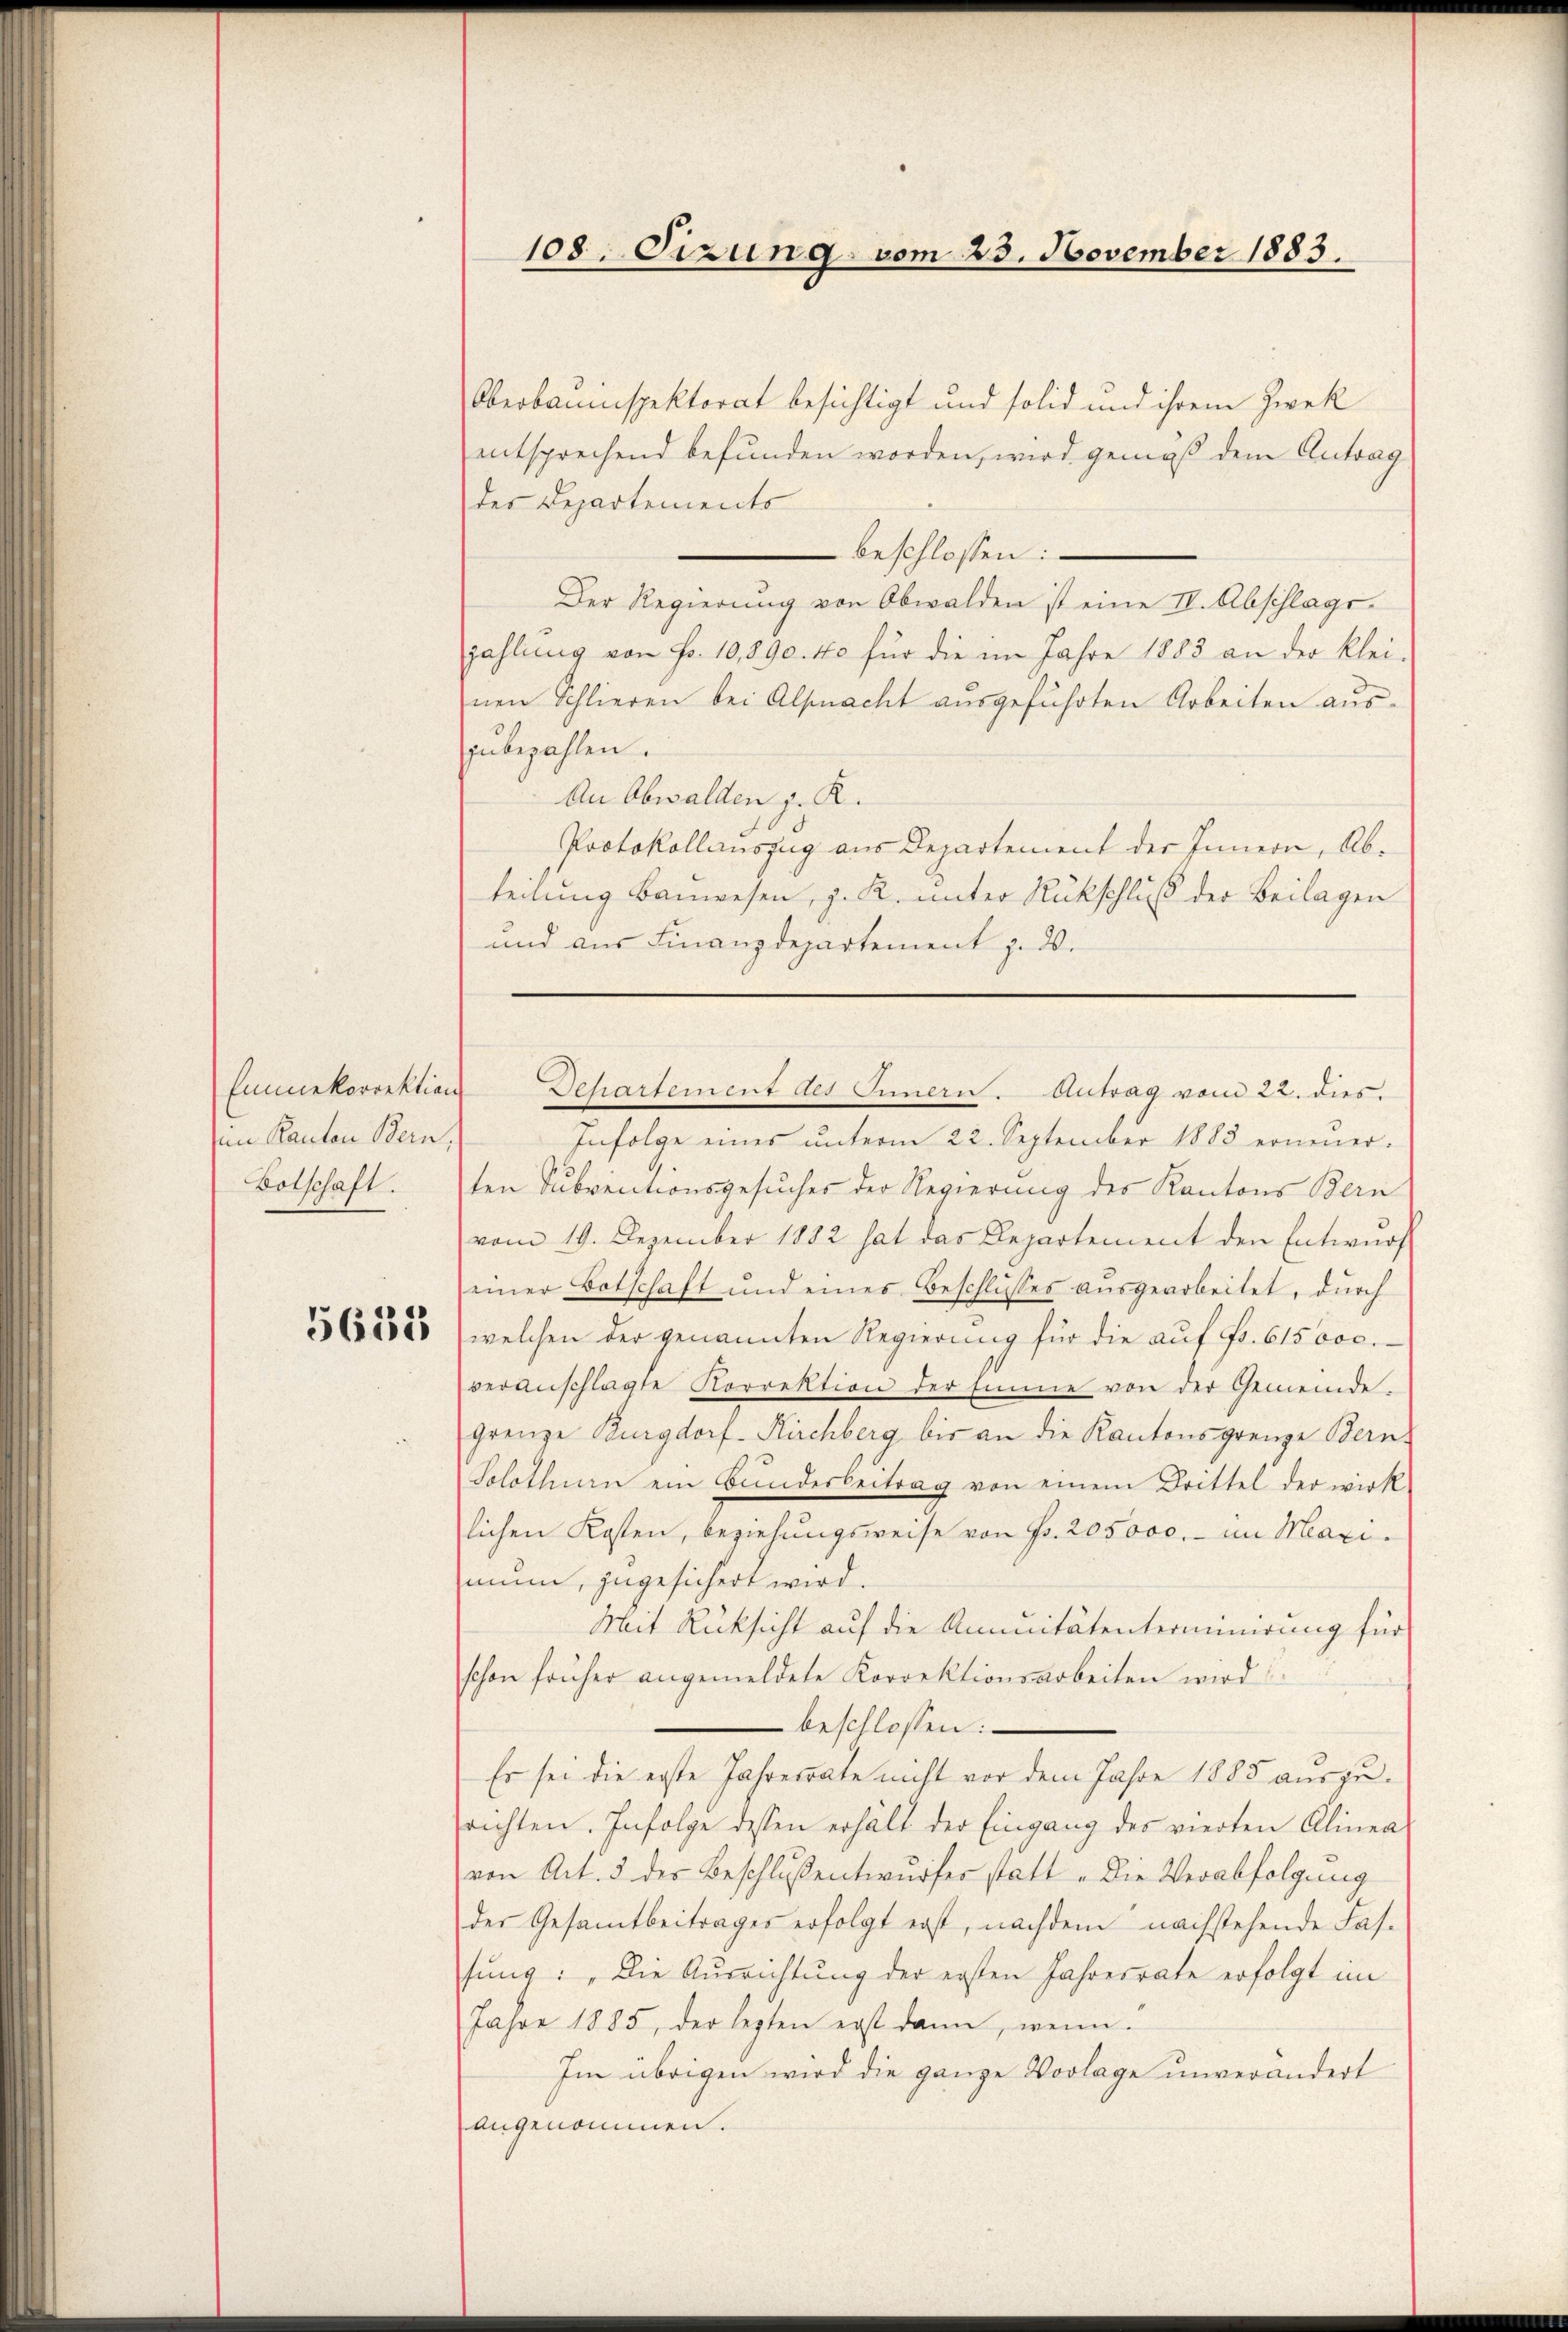
Emmekorrektion
in Kanton Bern,
Botschaft.

5638

108. Sizung vom 23. November 1883.

Oberbauinspektorat besichtigt und solid und ihrem Zwek
entsprechend befunden worden, wird gemäß dem Antrag
der Departements
 beschlossen:
Der Regierung von Obwalden ist eine IV. Abschlagszahlung von Fr. 10,890. 440 für die im Jahre 1883 an der klei-
nen Schlieren bei Alpacht ausgeführten Arbeiten aus
zubezahlen.
An Obwalden z. R.
Protokollauszug aus Departement der Innern, Abteilung Bauwesen, z. K. unter Rückschluß der Beilagen
und aus Finanzdepartement z. B.
Infolge eines ŭnterm 22. September 1888 erneuerten Subventionsgesuches der Regierung des Kantons Bern
vom 19. Dezember 1882 hat das Departement den Entwŭrf
einer Botschaft und eines Beschlusses aŭsgearbeitet, durch
welchen der genannten Regierung für die auf Fr. 615000.
veranschlagte Korrektion der Emme von der Gemeinde,
grenze Burgdorf- Kirchberg bis an die Kantonsgrenze Bern.
Solothurn ein Bŭndesbeitrag von einem Drittel der wirk
lichen Kosten, beziehungsweise von Fr. 205000.- im Maximum, zugesichert wird.
Mit Rücksicht auf die Ammitätenterminirung für
schon früher angemeldete Korrektionsarbeiten wird
beschlossen:
Es sei die erste Jahresrate nicht vor dem Jahre 1888 auszusrichten. Infolge dessen erhält der Eingang des vierten Alinea
von Art. 3 der Beschlussentwurfer statt „die Verabfolgung
der Gesamtbeitrages erfolgt erst, nachdem nachstehende Fassung: „Die Ausrichtung der ersten Jahresrate erfolgt im
Jahre 1885, der lezten erst dann, wenn
Im übrigen wird die ganze Vorlage unverändert
angenommen.

Departement des Innern. Antrag vom 22. dies.